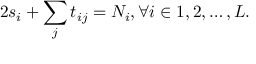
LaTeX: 2 s _ { i } + \sum _ { j } t _ { i j } = N _ { i } , \forall i \in { 1 , 2 , \ldots , L } .